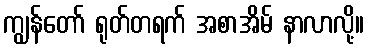
ကျွန်တော် ရုတ်တရက် အစာအိမ် နာလာလို့။